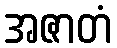
အဇာတံ